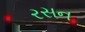
રસન